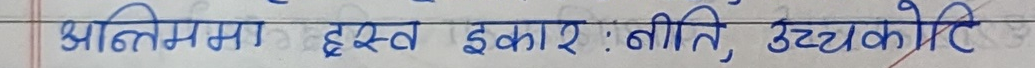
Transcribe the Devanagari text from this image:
अन्तिममा हस्व इकार : नीति, उच्चकोरि